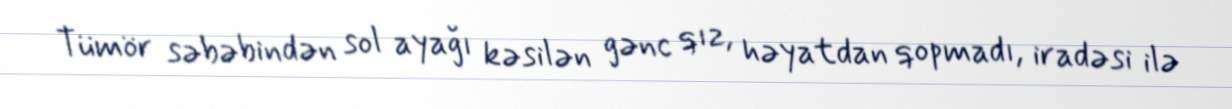
Tümör səbəbindən sol ayağı kəsilən gənc qız, həyatdan qopmadı, iradəsi ilə